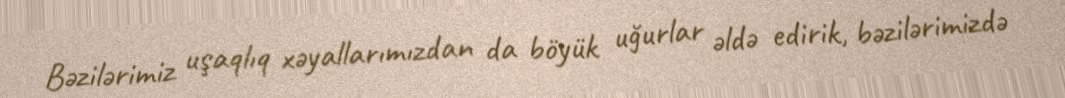
Bəzilərimiz uşaqlıq xəyallarımızdan da böyük uğurlar əldə edirik, bəzilərimizdə